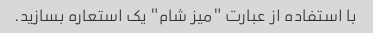
با استفاده از عبارت "میز شام" یک استعاره بسازید.